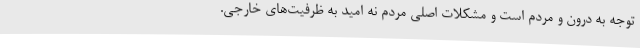
توجه به درون و مردم است و مشکلات اصلی مردم نه امید به ظرفیت‌های خارجی.